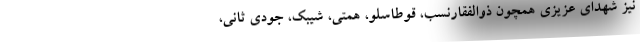
نیز شهدای عزیزی همچون ذوالفقارنسب، قوطاسلو، همتی، شیبک، جودی ثانی،